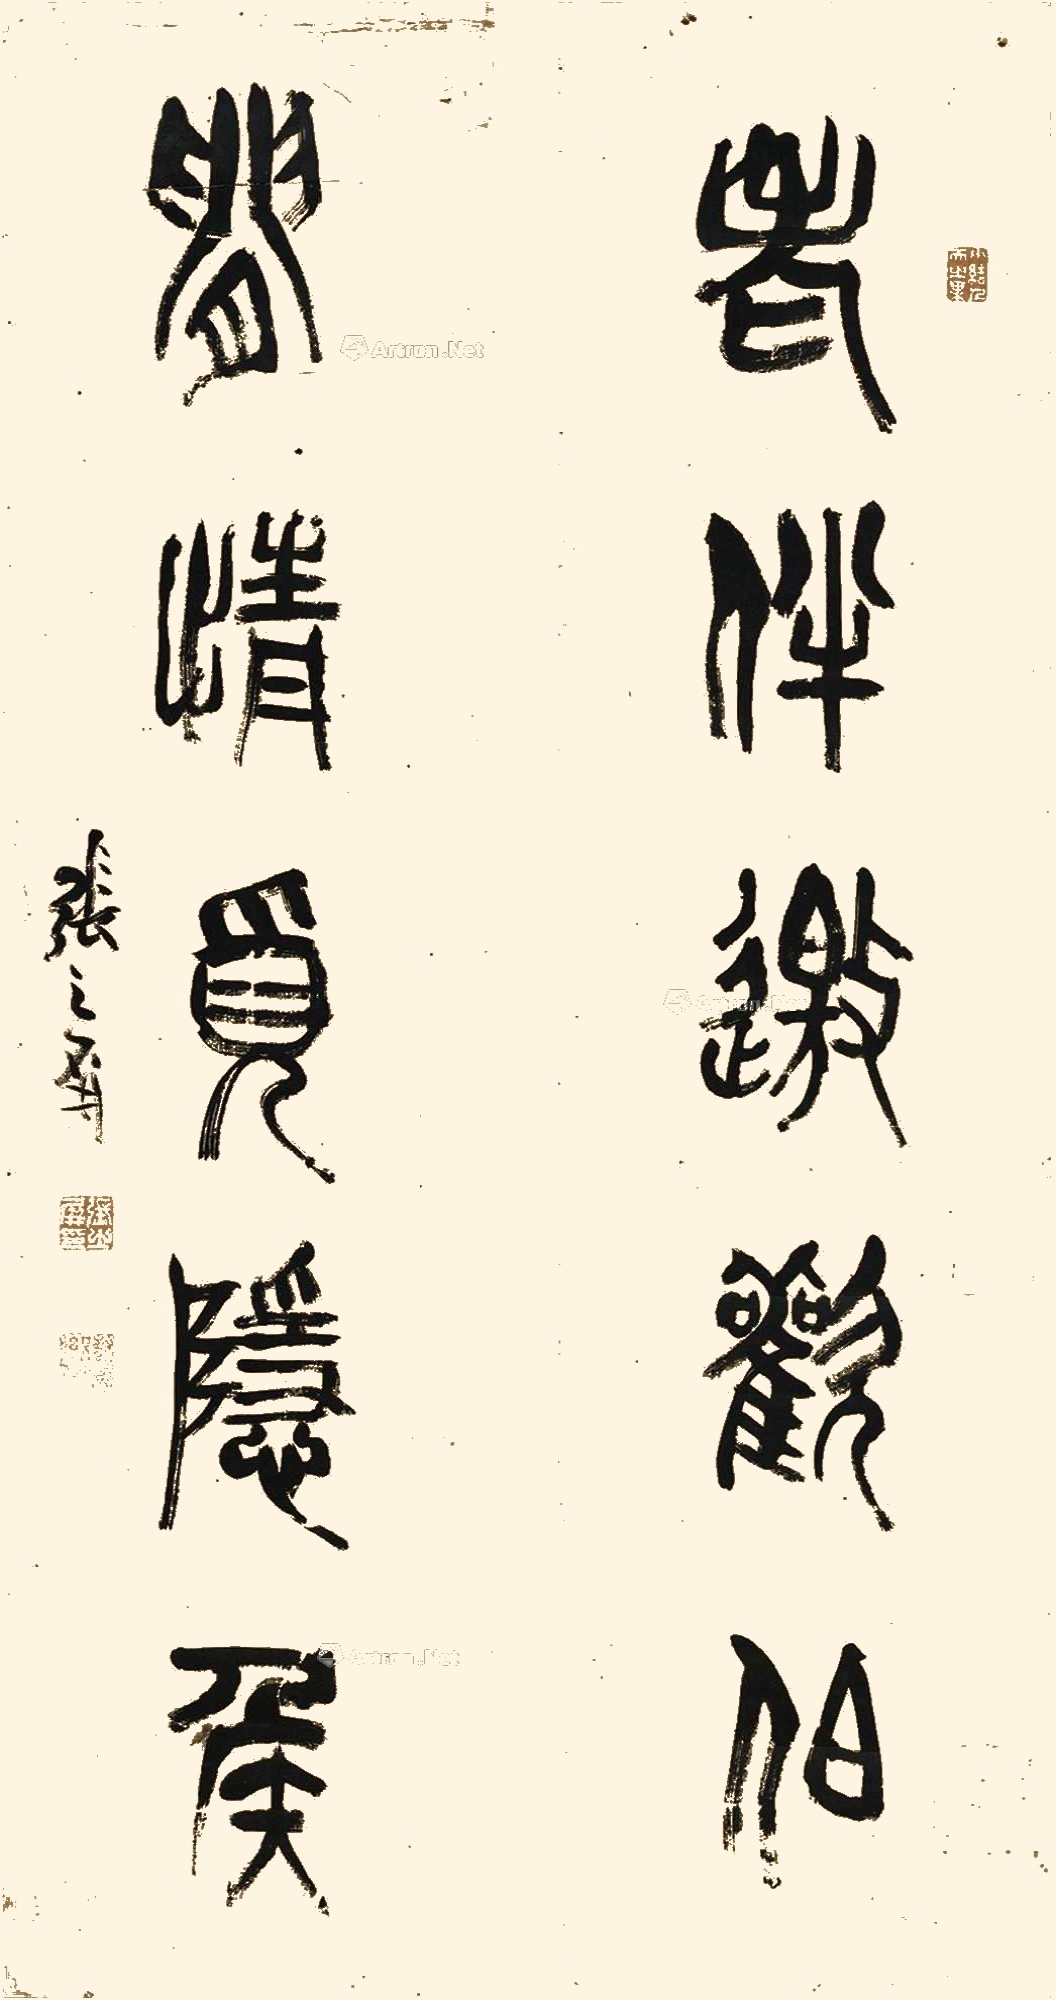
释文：老伴邀欢伯，闲情觅隐侯。张之屏。